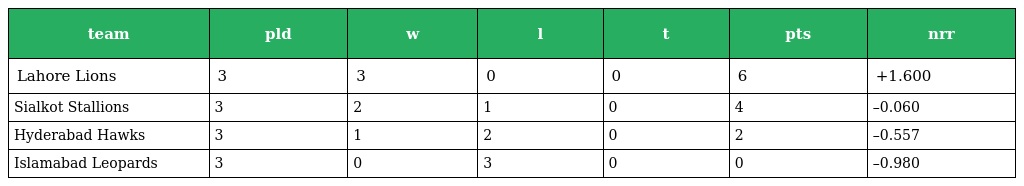
| team | pld | w | l | t | pts | nrr |
 | --- | --- | --- | --- | --- | --- | --- |
 | Lahore Lions | 3 | 3 | 0 | 0 | 6 | +1.600 |
 | Sialkot Stallions | 3 | 2 | 1 | 0 | 4 | –0.060 |
 | Hyderabad Hawks | 3 | 1 | 2 | 0 | 2 | –0.557 |
 | Islamabad Leopards | 3 | 0 | 3 | 0 | 0 | –0.980 |